Report of the Indian Hemp Drugs Commission, 1894-1895 - Volume VII
Year: 1894
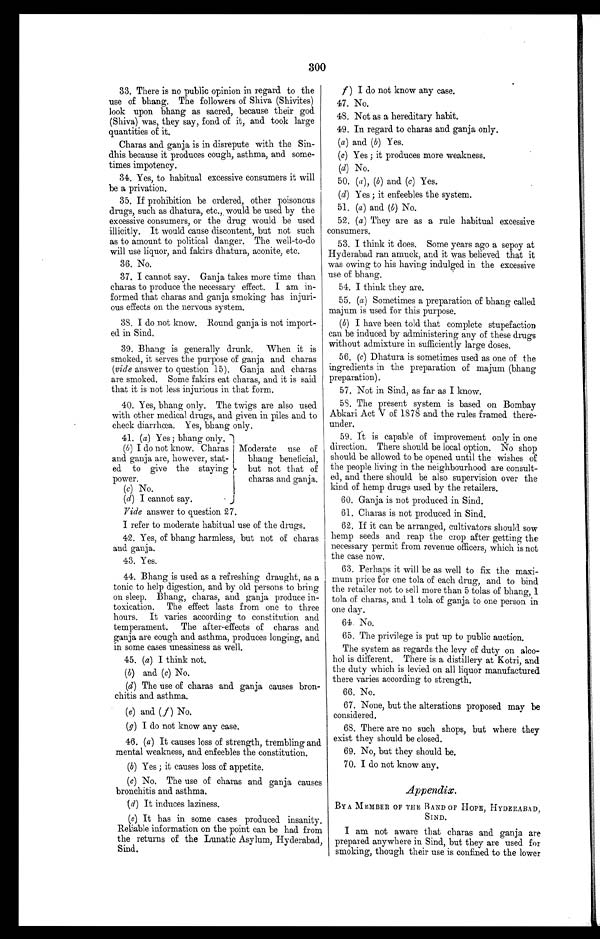
33. There is no public opinion in regard to the
use of bhang. The followers of Shiva (Shivites)
look upon bhang as sacred, because their god
(Shiva) was, they say, fond of it, and took large
quantities of it.
Charas and ganja is in disrepute with the Sin
-dhis because it produces cough, asthma, and some
- t i m e s i m p o t e n c y .
34. Yes, to habitual excessive consumers it will
be a privation.
35. If prohibition be ordered, other poisonous
drugs, such as dhatura, etc., would be used by the
excessive consumers, or the drug would be used
illicitly. It would cause discontent, but not such
as to amount to political danger. The well-to-do
will use liquor, and fakirs dhatura, aconite, etc.
36. No.
37. I cannot say. Ganja takes more time than
charas to produce the necessary effect. I am in
-formed that charas and ganja smoking has injuri
- o u s e f f e c t s o n t h e n e r v o u s s y s t e m .
38. I do .not know. Round ganja is not import
-ed in Sind,
39. Bhang is generally drunk. When it is
smoked, it serves the purpose of ganja and charas
(vide answer to question 15). Ganja and charas
are smoked. Some fakirs eat charas, and it is said
that it is not less injurious in that form.
40. Yes, bhang only. The twigs are also used
with other medical drugs, and given in piles and to
check diarrhœa. Yes, bhang only.
41. (a) Yes; bhang only.
(b) I do not know. Charas Moderate use of
and ganja are, however, stat-
ed to give the staying
bhang beneficial,
but not that of
power.
(c) No.
charas and ganja.
(d) I cannot say.
Vi de answer to question 27.
I refer to moderate habitual use of the drugs.
42. Yes, of bhang harmless, but not of charas
and ganja.
43. Yes.
44. Bhang is used as a refreshing draught, as a
tonic to help digestion, and by old persons to bring
on sleep. Bhang, charas, and ganja produce in
- t o x i c a t i o n . T h e e f f e c t l a s t s f r o m o n e t o t h r e e
hours. It varies according to constitution and
temperament. The after-effects of charas and
ganja are cough and asthma, produces longing, and
in some cases uneasiness as well.
45. (a) I think not.
(b) and (c) No.
(d) The use of charas and ganja causes bron
-chitis and asthma.
(e) and (f ) No.
(g) I do not know any case.
46. (a) It causes loss of strength, trembling and
mental weakness, and enfeebles the constitution.
(b) Yes ; it causes loss of appetite.
(c) No. The use of charas and ganja causes
bronchitis and asthma.
(d) It induces laziness.
(e) It has in some cases produced insanity.
Reliable information on the point can be had from
the returns of the Lunatic Asylum, Hyderabad,
Sind.
300
f) I do not know any case.
47. No.
48. Not as a hereditary habit.
49. In regard to charas and ganja only,
(a) and (b) Yes.
(c) Yes ; it produces more weakness.
(d) No.
50. (a) , (b) and (c) Yes.
(d) Yes ; it enfeebles the system.
51. (a) and (b) No.
52. (a) They are as a rule habitual excessive
consumers.
53. I think it does. Some years ago a sepoy at
Hyderabad ran amuck, and it was believed that it
was owing to his having indulged in the excessive
use of bhang.
54. I think they are.
55. (a) Sometimes a preparation of bhang called
majum is used for this purpose.
(b) I have been told that complete stupefaction
can be induced by administering any of these drugs
without admixture in sufficiently large doses.
56 . (c) Dhatura is sometimes used as one of the
ingredients in the preparation of majum (bhang
preparation).
57. Not in Sind, as far as I know.
58. The present system is based on Bombay
Abkari Act V of 1878 and the rules framed there
-under.
59. It is capable of improvement only in one
direction. There should be local option. No shop
should be allowed to be opened until the wishes of
the people living in the neighbourhood are consult-
ed, and there should be also supervision over the
kind of hemp drugs used by the retailers.
60. Ganja is not produced in Sind.
61. Charas is not produced in Sind.
•
62. If it can be arranged, cultivators should sow
hemp seeds and reap the crop after getting the
necessary permit from revenue officers, which is not
the case now.
63, Perhaps it will be as well to fix the maxi
-mum price for one tola of each drug, and to bind
the retailer not to sell more than 5 tolas of bhang, 1
tola of charas, and 1 tola of ganja to one person in
one day.
64. No.
65. The privilege is put up to public auction.
The system as regards the levy of duty on alco
-hol is different. There is a distillery at Kotri, and
the duty which is levied on all liquor manufactured
there varies according to strength.
66. No.
67. None, but the alterations proposed may be
considered.
68. There are no such shops, but where they
exist they should be closed.
69. No, but they should be.
68. I do not know any,
Appendix.
BY A MEMBER OF THE RAND OP HOPE, HYDERABAD,
SIND.
I am not aware that charas and ganja are
prepared anywhere in Sind, but they are used for
smoking, though their use is confined to the lower